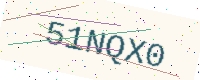
Text: 51NQX0